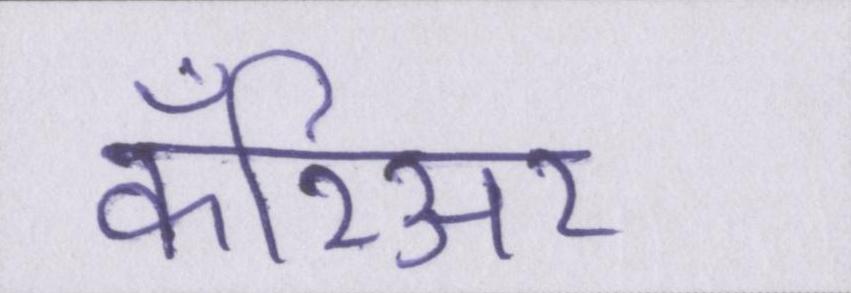
कॅरिअर